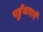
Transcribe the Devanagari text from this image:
पहुॅचाएगें